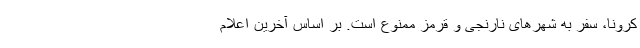
کرونا، سفر به شهرهای نارنجی و قرمز ممنوع است. بر اساس آخرین اعلام